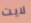
لايت